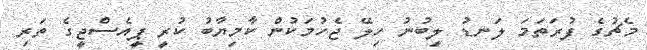
މެޗުގެ ފުރަތަމަ ލަނޑު ލިބުނު ހިލޭ ޖެހުމަކުން ކާމިޔާބު ކުރީ ޕީއެސްޖީގެ ތަރި